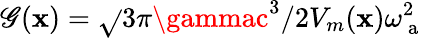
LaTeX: \mathscr{G}({\mathbf{x}})=\sqrt{}{{3\pi\gammac^{3}/2V_{m}({\mathbf{x}})\omega_{\mathrm{{~a~}}}^{2}}}